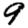
Digit: 9